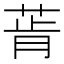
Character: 𰱔